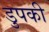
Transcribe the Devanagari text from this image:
डुपकी